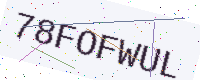
Text: 78FOFWUL